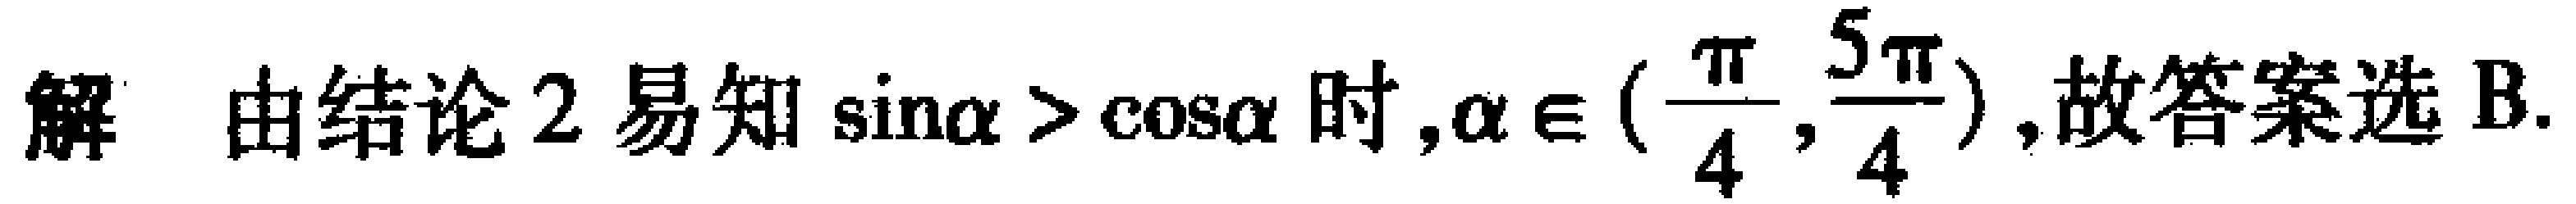
解 由结论 2 易知\(\sin\alpha > \cos\alpha\)时,\(\alpha \in (\frac{\pi}{4},\frac{5\pi}{4})\),故答案选 B.